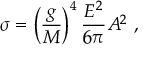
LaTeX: \sigma = \left( { \frac { g } { M } } \right) ^ { 4 } { \frac { E ^ { 2 } } { 6 \pi } } A ^ { 2 } ~ ,